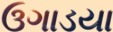
ઉગાડયા